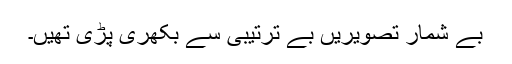
بے شمار تصویریں بے ترتیبی سے بکھری پڑی تھیں۔